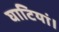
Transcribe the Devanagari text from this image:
घाटियां।